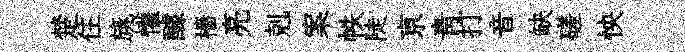
楚住旐懽醵檣亮剋案帙陡亰青打音缺磋怏